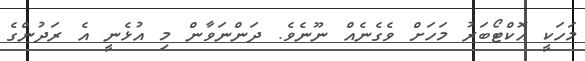
މަހަކީ އޮކްޓޯބަރު މަހަށް ވެގެނެއް ނޫނެވެ. ދަންނަވާން މި އުޅެނީ އެ ރަދުންގެ